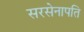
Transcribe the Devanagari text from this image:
सरसेनापति